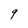
Character: 9